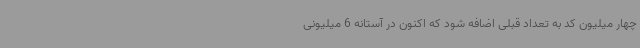
چهار میلیون کد به تعداد قبلی اضافه شود که اکنون در آستانه 6 میلیونی